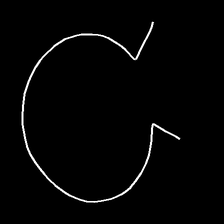
Glyph: weave